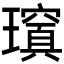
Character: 𱯺